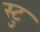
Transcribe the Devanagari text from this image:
स्टु